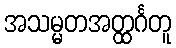
အသမ္မတအတ္ထင်္ဂတူ